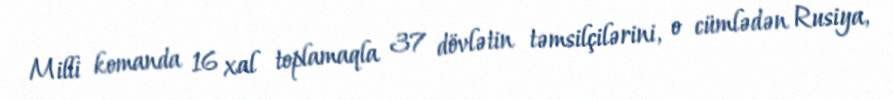
Milli komanda 16 xal toplamaqla 37 dövlətin təmsilçilərini, o cümlədən Rusiya,